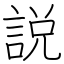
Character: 説